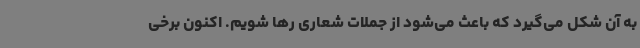
به آن شکل می‌گیرد که باعث می‌شود از جملات شعاری رها شویم. اکنون برخی